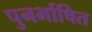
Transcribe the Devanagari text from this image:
पुनर्भाषित